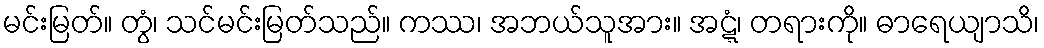
မင်းမြတ်။ တွံ၊ သင်မင်းမြတ်သည်။ ကဿ၊ အဘယ်သူအား။ အဋ္ဋံ၊ တရားကို။ ဓာရေယျာသိ၊